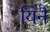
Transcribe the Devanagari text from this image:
यिनै